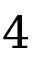
4